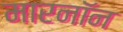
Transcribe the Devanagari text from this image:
मारनॉन